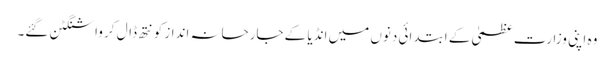
وہ اپنی وزارت ِعظمیٰ کے ابتدائی دنوں میں انڈیا کے جارحانہ انداز کو نتھ ڈال کر واشنگٹن گئے۔